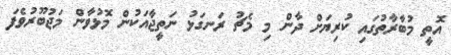
އޮތީ މުބާރާތުގައި ކުރިޔަށް ދާން މި މެޗު ރަނގަޅު ނަތީޖާއަކުން މޮޅުވާން މަޖުބޫރުވެފަ